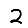
Digit: 2